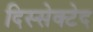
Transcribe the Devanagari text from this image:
दिस्सेक्टेद